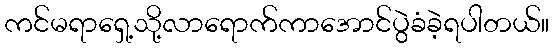
ကင်မရာရှေ့သို့လာရောက်ကာအောင်ပွဲခံခဲ့ရပါတယ်။